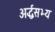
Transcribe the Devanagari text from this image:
अर्द्धसभ्य